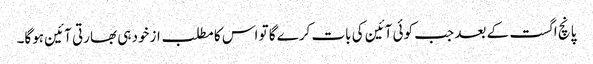
پانچ اگست کے بعد جب کوئی آئین کی بات کرے گا تو اس کا مطلب ازخود ہی بھارتی آئین ہوگا۔